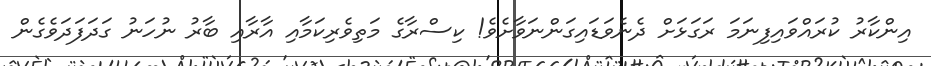
އިންކާރު ކުރައްވައިފިނަމަ ރަގަޅަށް ދެނެވަޑައިގަންނަވާށެވެ! ކިސްރާގެ މަތިވެރިކަމާއި އާރާއި ބާރު ނުހަނު ގަދަފަދަވެގެން